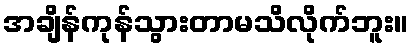
အချိန်ကုန်သွားတာမသိလိုက်ဘူး။